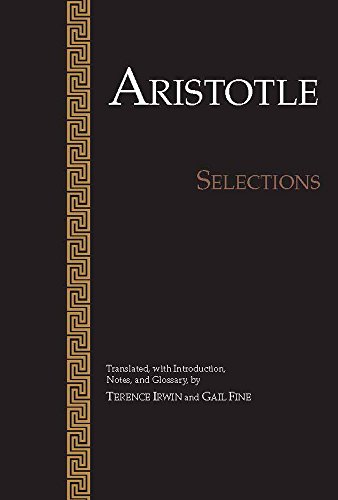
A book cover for Aristotle: Selections; Aristotle; Politics & Social Sciences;